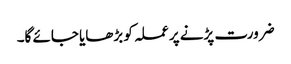
ضرورت پڑنے پر عملہ کو بڑھایا جائے گا۔